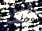
تلك